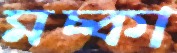
মচ্‌কা